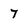
Character: 7